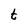
Character: t